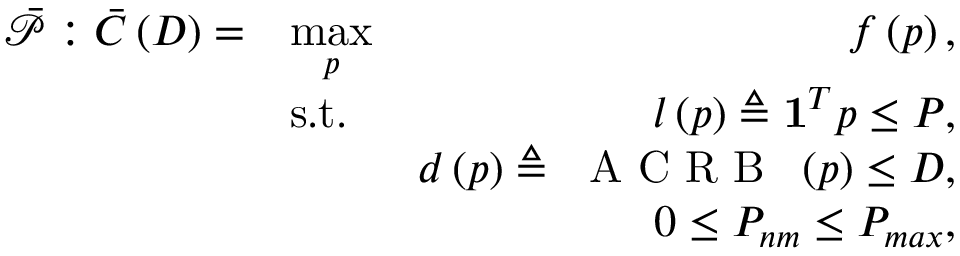
\begin{array} { r l r } { \bar { \mathcal { P } } : \bar { C } \left( D \right) = } & { \underset { \boldsymbol { p } } { \operatorname* { m a x } } } & { f \left( \boldsymbol { p } \right) , } \\ & { \mathrm { s . t . } } & { l \left( \boldsymbol { p } \right) \triangleq \mathbf { 1 } ^ { T } \boldsymbol { p } \leq P , } \\ & { } & { d \left( \boldsymbol { p } \right) \triangleq \textrm { \textrm { A C R B } } \left( \boldsymbol { p } \right) \leq D , } \\ & { } & { 0 \leq P _ { n m } \leq P _ { m a x } , } \end{array}